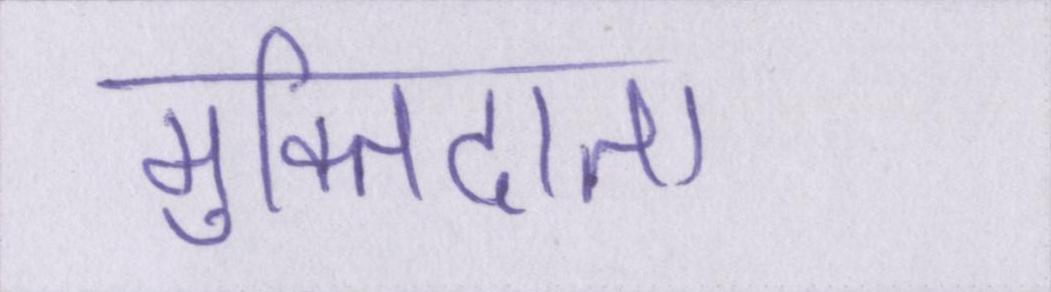
मुक्तिदाता